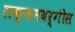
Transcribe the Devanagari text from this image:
लक्जमबर्गीस